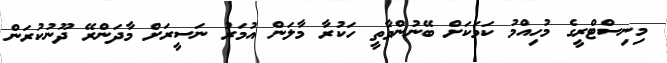
މިނިސްޓްރީގެ މުހިއްމު ކަމަކަށް ބޭނުންވާތީ ހަކުރާ މާލަން އުމަރު ނަސީރަށް މާދަންރޭ ދޫނުކުރަން